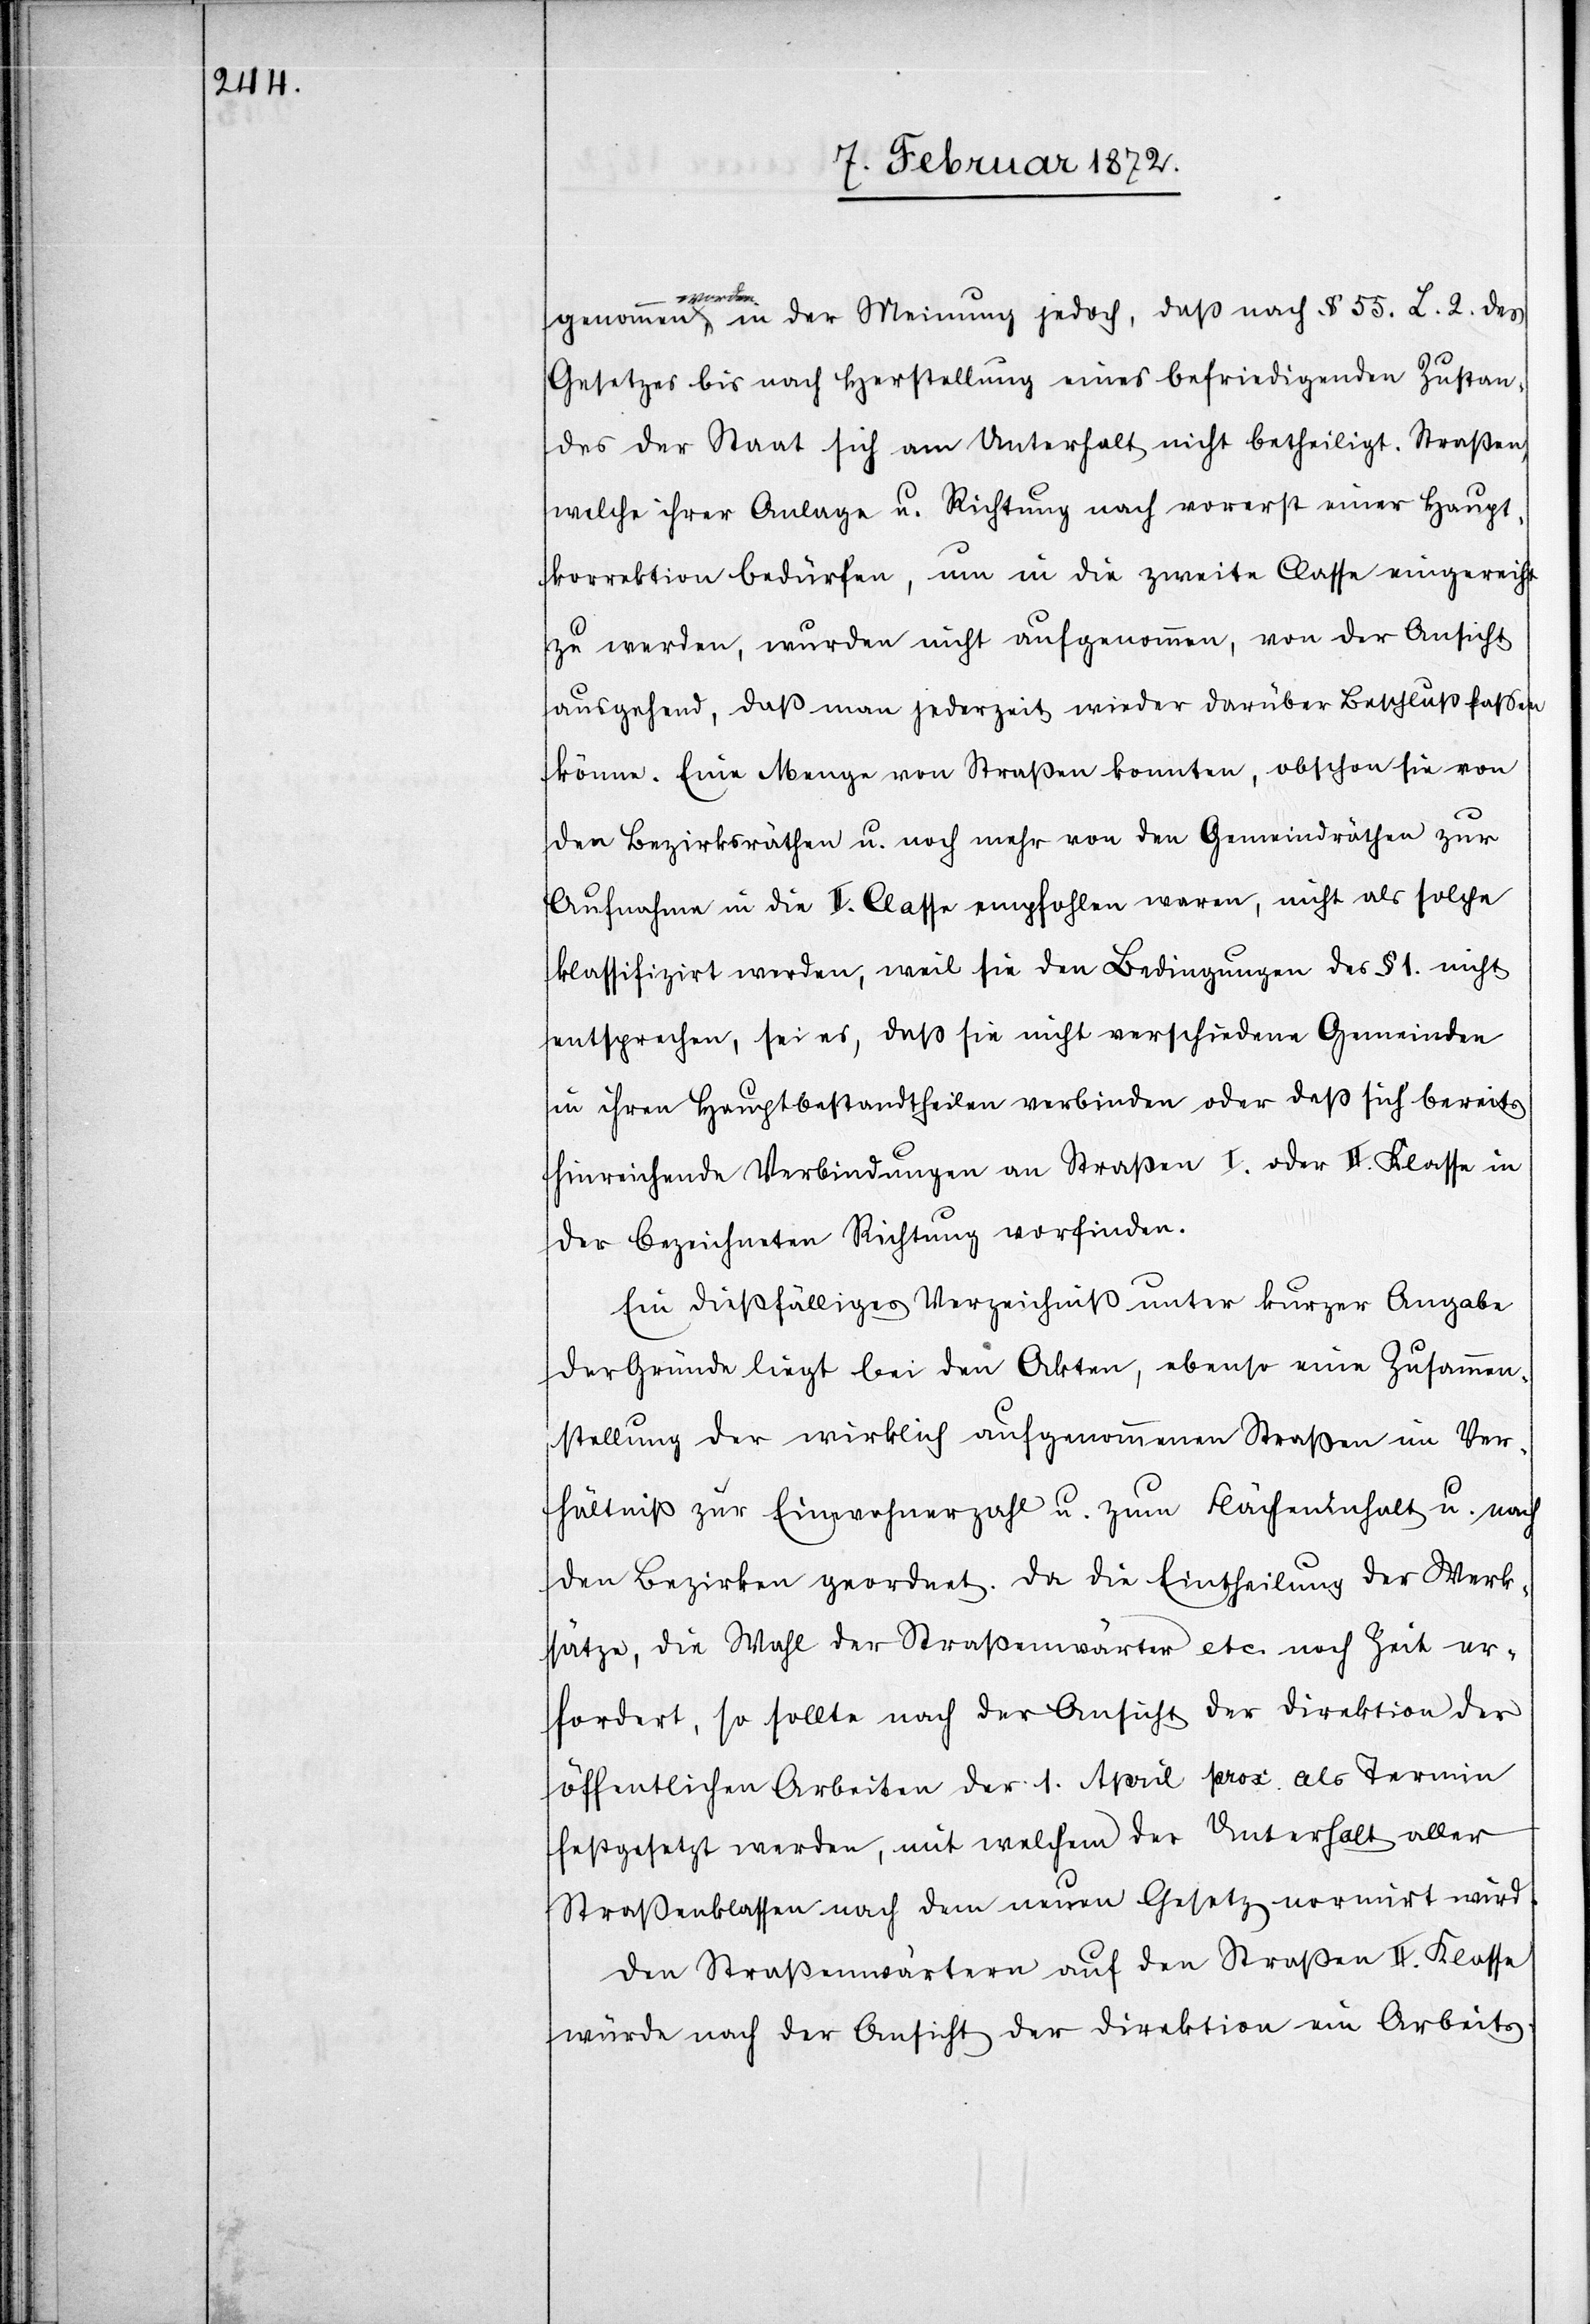
genommen worden in der Meinung jedoch, daß nach § 55. L. 2. des
Gesetzes bis nach Herstellung eines befriedigenden Zustan¬
des der Staats sich am Unterhalt nicht betheiligt. Straßen,
welche ihrer Anlage u. Richtung nach vorerst einer Haupt¬
korrektion bedürfen, um in die zweite Classe eingereiht
zu werden, wurden nicht aufgenommen, von der Ansicht
ausgehend, daß man jederzeit wieder darüber Beschluß fassen
könne. Eine Menge von Straßen konnten, obschon sie von
den Bezirksräthen u. noch mehr von den Gemeindräthen zur
Aufnahme in die II. Classe empfohlen waren, nicht als solche
klassifizirt werden, weil sie den Bedingungen des § 1. nicht
entsprechen, sei es, daß sie nicht verschiedene Gemeinden
in ihren Hauptbestandtheilen verbinden oder daß sich bereits
hinreichende Verbindungen an Straßen I. oder II. Klasse in
der bezeichneten Richtung vorfinden.
Ein dießfälliges Verzeichniß unter kurzer Angabe
der Gründe liegt bei den Akten, ebenso eine Zusammen¬
stellung der wirklich aufgenommenen Straßen im Ver¬
hältniß zur Einwohnerzahl u. zum Flächeninhalt u. nach
den Bezirken geordnet. Da die Eintheilung der Merk¬
sätze, die Wahl der Straßenwärter etc. noch Zeit er¬
fordert, so sollte nach der Ansicht der Direktion der
öffentlichen Arbeiten der 1. April prox. als Termin
festgesetzt werden, mit welchem der Unterhalt aller
Straßenklassen nach dem neuen Gesetz normirt wird.
Den Straßenwärtern auf den Straßen II. Klasse
würde nach der Ansicht der Direktion ein Arbeits-